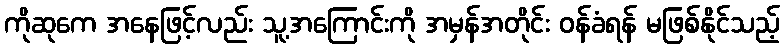
ကိုဆုကေ အနေဖြင့်လည်း သူ့အကြောင်းကို အမှန်အတိုင်း ဝန်ခံရန် မဖြစ်နိုင်သည့်